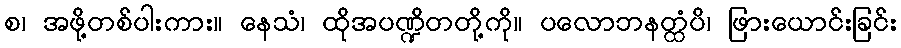
စ၊ အဖို့တစ်ပါးကား။ နေသံ၊ ထိုအပဏ္ဍိတတို့ကို။ ပလောဘနတ္ထံပိ၊ ဖြားယောင်းခြင်း